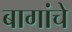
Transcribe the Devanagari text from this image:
बागांचे